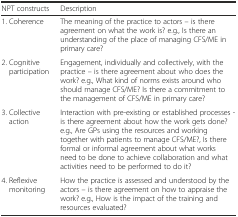
| NPT constructs | Description |
 | --- | --- |
 | 1. Coherence | The meaning of the practice to actors – is there agreement on what the work is? e.g., Is there an understanding of the place of managing CFS/ME in primary care? |
 | 2. Cognitive participation | Engagement, individually and collectively, with the practice – is there agreement about who does the work? e.g., What kind of norms exists around who should manage CFS/ME? Is there a commitment to the management of CFS/ME in primary care? |
 | 3. Collective action | Interaction with pre-existing or established processes - is there agreement about how the work gets done? e.g., Are GPs using the resources and working together with patients to manage CFS/ME?, Is there formal or informal agreement about what works need to be done to achieve collaboration and what activities need to be performed to do it? |
 | 4. Reflexive monitoring | How the practice is assessed and understood by the actors – is there agreement on how to appraise the work? e.g., How is the impact of the training and resources evaluated? |